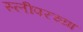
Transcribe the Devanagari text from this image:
स्लीपरच्या